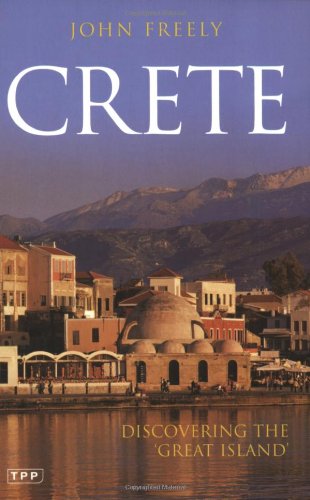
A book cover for Crete: Discovering the 'Great Island' (Tauris Parke Paperbacks); John Freely; Travel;